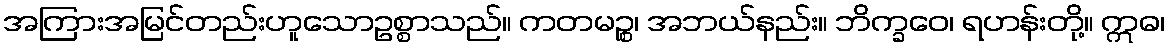
အကြားအမြင်တည်းဟူသောဥစ္စာသည်။ ကတမဉ္စ၊ အဘယ်နည်း။ ဘိက္ခဝေ၊ ရဟန်းတို့။ ဣဓ၊